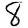
Digit: 8